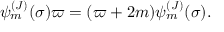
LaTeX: \psi _ { m } ^ { ( J ) } ( \sigma ) \varpi = ( \varpi + 2 m ) \psi _ { m } ^ { ( J ) } ( \sigma ) .